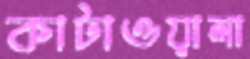
কাটাওয়ালা